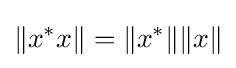
\|x^{*}x\|=\|x^{*}\|\|x\|